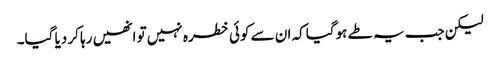
لیکن جب یہ طے ہوگیا کہ ان سے کوئی خطرہ نہیں تو انھیں رہا کر دیا گیا۔